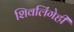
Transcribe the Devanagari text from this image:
शिवलिंगेही